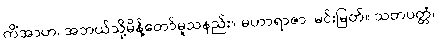
ကိံအာဟ၊ အဘယ်သို့မိန့်တော်မူသနည်း။ မဟာရာဇာ၊ မင်းမြတ်။ သတပတ္တံ၊